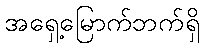
အရှေ့မြောက်ဘက်ရှိ